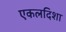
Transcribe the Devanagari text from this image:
एकलदिशा